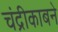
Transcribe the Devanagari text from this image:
चंद्रीकाबने